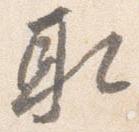
取